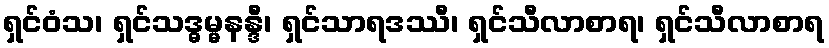
ရှင်ဝံသ၊ ရှင်သဒ္ဓမ္မနန္ဒီ၊ ရှင်သာရဒဿီ၊ ရှင်သီလာစာရ၊ ရှင်သီလာစာရ